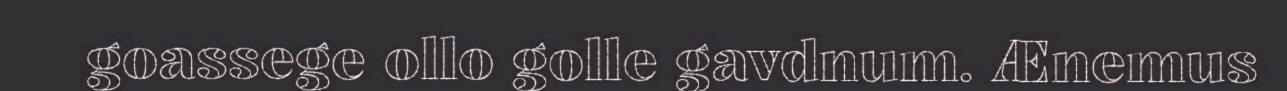
goassege ollo golle gavdnum. Ænemus